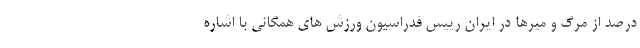
درصد از مرگ و میرها در ایران رییس فدراسیون ورزش های همگانی با اشاره